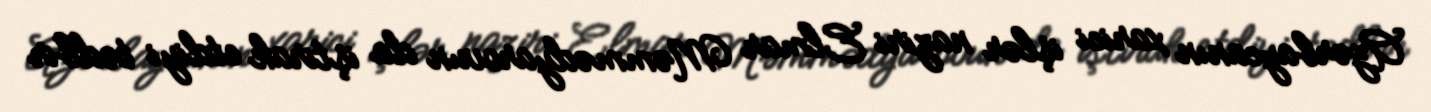
Azərbaycanın xarici işlər naziri Elmar Məmmədyarovun da iştirak etdiyi tədbir